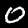
Label: 0